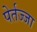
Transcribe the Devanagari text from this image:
पेर्तज्जा